Civil Veterinary Dept. Bombay admin report 1900-1906 - 1900-1906
Year: 1900
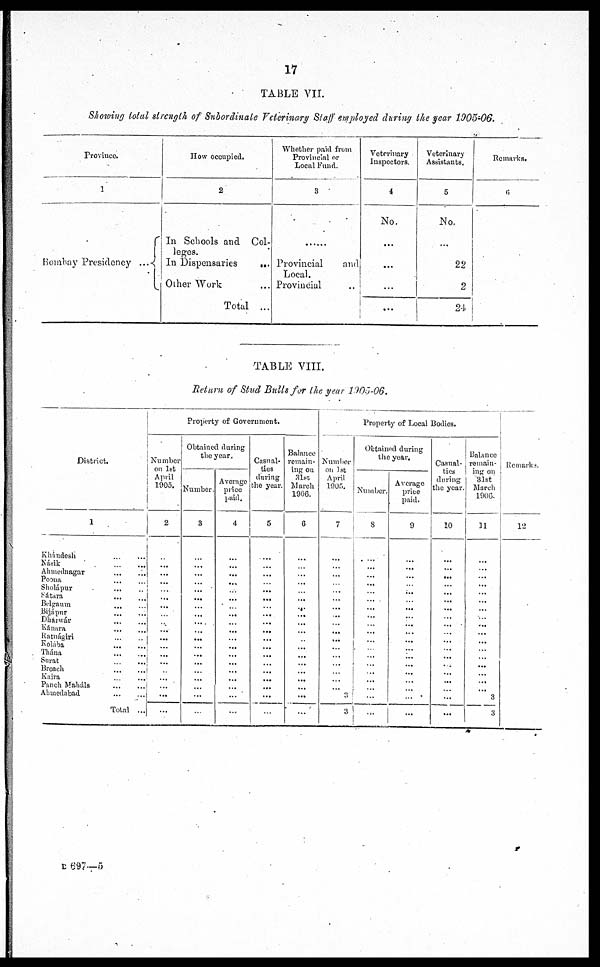
TABLE VII.
Showing total strength of Subordinate Veterinary Staff employed during the year 1905-06.
Province.
1
Bombay Presidency ...
...
How occupied.
2
In Schools and Col-
leges.
In Dispensaries ...
Other Work ...
Total ...
Whether paid from
Provincial or
Local Fund.
3
......
Provincial
and
Local.
Provincial
Veterinary
Inspectors.
4
No.
...
...
...
...
Veterinary
Assistants.
5
No.
...
22
2
24
Remarks.
6
TABLE VIII.
Return of Stud Bulls for the year 1905-06.
District.
Khándesh ... ...
Násik ... ...
Ahmednagar ... ...
Poona ... ...
Sholápur ... ...
Sátara ... ...
Belgaum ... ...
Bijápur ... ...
Dharwár ... ...
Kánara ... ...
Ratnágiri ... ...
Kolába ... ...
Thána ... ...
Surat ... ...
Broach ... ...
Kaira ... ...
Panch Maháls ... ...
Ahmedabad ... ...
Total ...
Property of Government.
Number
on 1st
April
1905.
2
...
...
...
...
...
...
...
...
...
...
...
...
...
...
...
...
...
...
...
Obtained during
the year.
Number.
3
...
...
...
...
...
...
...
...
...
...
...
...
...
...
...
...
...
...
...
Average
price
paid.
4
...
...
...
...
...
...
...
...
...
...
...
...
...
...
...
...
...
...
...
Casual-
ties
during
the year.
5
...
...
...
...
...
...
...
...
...
...
...
...
...
...
...
...
...
...
...
Balance
remain-
ing on
31st
March
1906.
6
...
...
...
...
...
...
...
...
...
...
...
...
...
...
...
...
...
...
...
Property of Local Bodies.
Number
on 1st
April
1905.
7
...
...
...
...
...
...
...
...
...
...
...
...
...
...
...
...
...
3
3
Obtained during
the year.
Number.
8
...
...
...
...
...
...
...
...
...
...
...
...
...
...
...
...
...
...
...
Average
price
paid.
9
...
...
...
...
...
...
...
...
...
...
...
...
...
...
...
...
...
...
...
Casual-
ties
during
the year.
10
...
...
...
...
...
...
...
...
...
...
...
...
...
...
...
...
...
...
...
Balance
remain-
ing on
31st
March
1906.
11
...
...
...
...
...
...
...
...
...
...
...
...
...
...
...
...
...
3
3
Remarks.
12
B 697—5